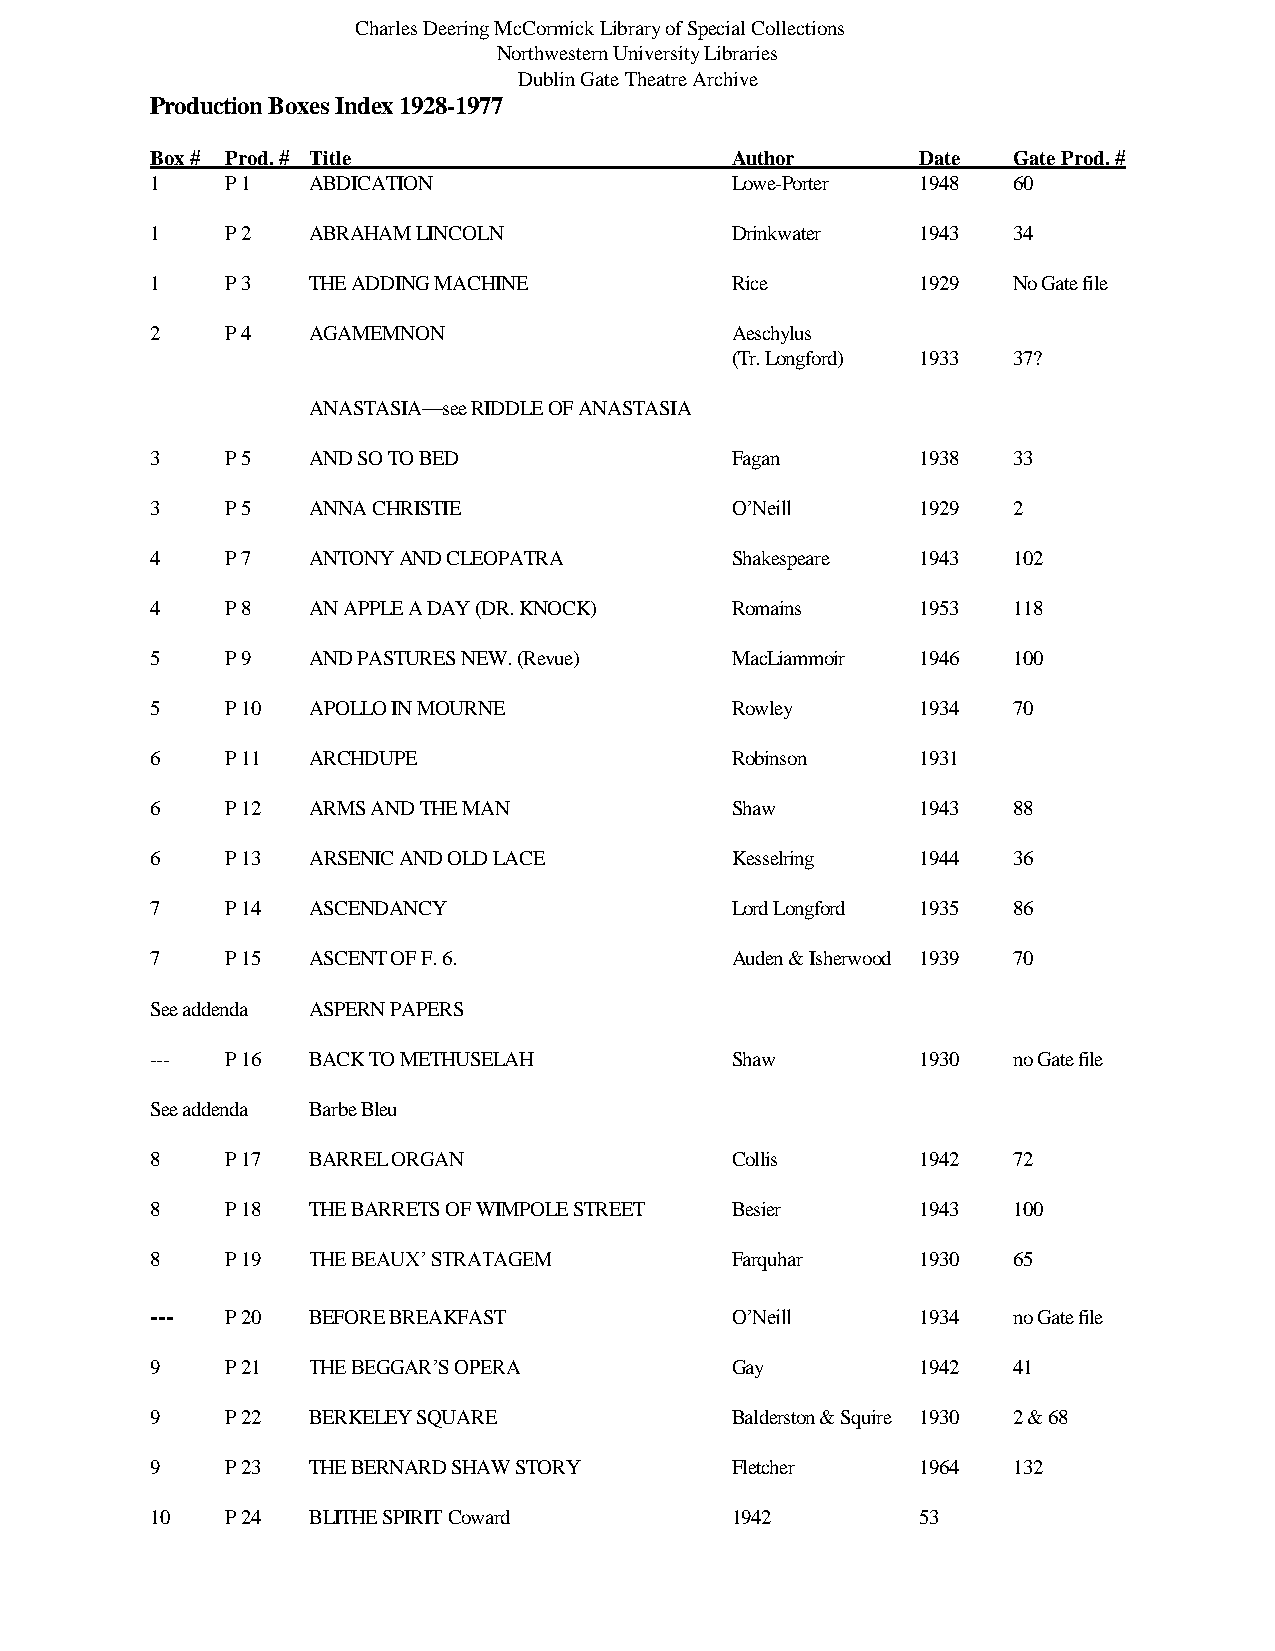
Charles Deering McCormick Library of Special Collections
 Northwestern University Libraries
 Dublin Gate Theatre Archive
 Production Boxes Index 1928-1977
 Box # Prod. # Title                   Author       Date  Gate Prod. #
 1    P 1  ABDICATION                  Lowe-Porter  1948  60
 1    P 2  ABRAHAM LINCOLN             Drinkwater   1943  34
 1    P 3  THE ADDING MACHINE          Rice         1929  No Gate file
 2    P 4  AGAMEMNON                   Aeschylus
 (Tr. Longford) 1933 37?
 ANASTASIA—see RIDDLE OF ANASTASIA
 3    P 5  AND SO TO BED               Fagan        1938  33
 3    P 5  ANNA CHRISTIE               O’Neill      1929  2
 4    P 7  ANTONY AND CLEOPATRA        Shakespeare  1943  102
 4    P 8  AN APPLE A DAY (DR. KNOCK)  Romains      1953  118
 5    P 9  AND PASTURES NEW. (Revue)   MacLiammoir  1946  100
 5    P 10 APOLLO IN MOURNE            Rowley       1934  70
 6    P 11 ARCHDUPE                    Robinson     1931
 6    P 12 ARMS AND THE MAN            Shaw         1943  88
 6    P 13 ARSENIC AND OLD LACE        Kesselring   1944  36
 7    P 14 ASCENDANCY                  Lord Longford 1935 86
 7    P 15 ASCENT OF F. 6.             Auden & Isherwood 1939 70
 See addenda ASPERN PAPERS
 ---  P 16 BACK TO METHUSELAH          Shaw         1930  no Gate file
 See addenda Barbe Bleu
 8    P 17 BARREL ORGAN                Collis       1942  72
 8    P 18 THE BARRETS OF WIMPOLE STREET Besier     1943  100
 8    P 19 THE BEAUX’ STRATAGEM        Farquhar     1930  65
 ---  P 20 BEFORE BREAKFAST            O’Neill      1934  no Gate file
 9    P 21 THE BEGGAR’S OPERA          Gay          1942  41
 9    P 22 BERKELEY SQUARE             Balderston & Squire 1930 2 & 68
 9    P 23 THE BERNARD SHAW STORY      Fletcher     1964  132
 10   P 24 BLITHE SPIRIT Coward        1942         53